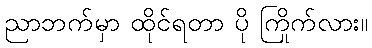
ညာဘက်မှာ ထိုင်ရတာ ပို ကြိုက်လား။